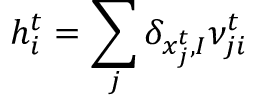
h _ { i } ^ { t } = \sum _ { j } \delta _ { x _ { j } ^ { t } , I } \nu _ { j i } ^ { t }